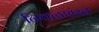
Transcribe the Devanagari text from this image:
निवळशंख